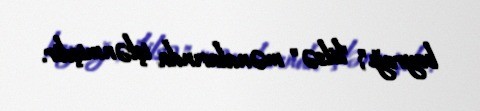
bayrağı"; "kilsə" mənalarında işlənmişdir.